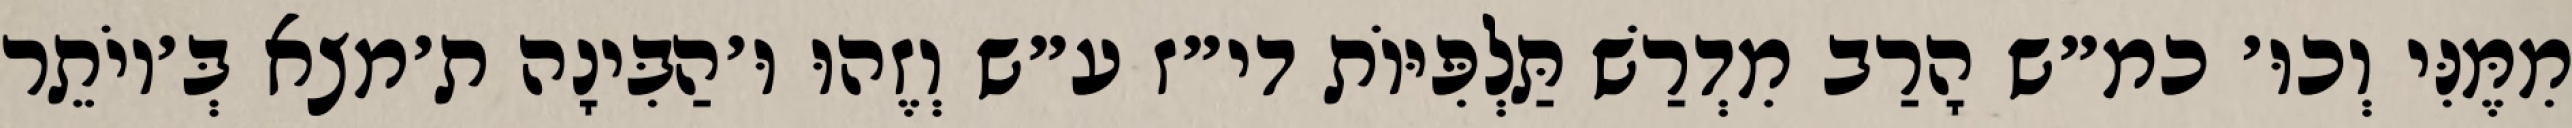
מִמֶּנִּי וְכוּ׳ כמ״ש הָרַב מִדְרַשׁ תַּלְפִּיּוֹת די״ז ע״ש וְזֶהוּ וּ׳הַבִּינָה ת׳מצא בְּ׳יוֹתֵר